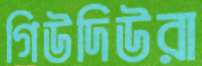
গিউদিউরা